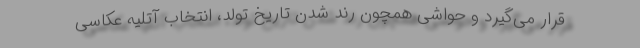
قرار می‌گیرد و حواشی همچون رُند شدن تاریخ تولد، انتخاب آتلیه عکاسی